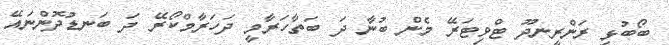
ބޯބުޅި ރަންރީނދޫ ޓްވިޓަރޭ މެން ބުނާ ދަ ބަތާހަރާމީ ދަހަރާމްކޯރޭ ދަ ބަނޑުދޮންނައޭ